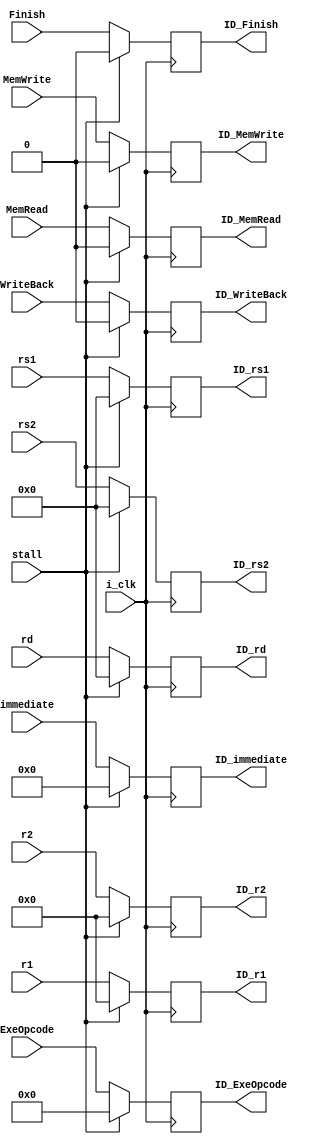
module ID_buffer #(
    parameter DATA_W = 64
) (
    input i_clk,
    input stall, 
    input Finish, 
    input MemRead,
    input MemWrite,
    input [9:0] ExeOpcode,
    input WriteBack, 
    input [DATA_W-1:0] r1,
    input [DATA_W-1:0] r2,
    input [11:0] immediate,
    input [4:0] rs1,
    input [4:0] rs2,
    input [4:0] rd,
    output ID_Finish,
    output ID_MemRead,
    output ID_MemWrite,
    output [9:0] ID_ExeOpcode,
    output ID_WriteBack, 
    output [DATA_W-1:0] ID_r1,
    output [DATA_W-1:0] ID_r2,
    output [11:0] ID_immediate,
    output [4:0] ID_rs1,
    output [4:0] ID_rs2,
    output [4:0] ID_rd
);

reg                 Finish_w, Finish_r;
reg                 MemRead_w, MemRead_r;
reg                 MemWrite_w, MemWrite_r;
reg [9:0]           ExeOpcode_w, ExeOpcode_r;
reg                 WriteBack_w, WriteBack_r;
reg [DATA_W-1:0]    r1_w, r1_r, r2_w, r2_r;
reg [11:0]          immediate_w, immediate_r;
reg [4:0]           rs1_w, rs1_r, rs2_w, rs2_r, rd_w, rd_r;

assign ID_Finish = Finish_r;
assign ID_MemRead = MemRead_r;
assign ID_MemWrite = MemWrite_r;
assign ID_ExeOpcode = ExeOpcode_r;
assign ID_WriteBack = WriteBack_r;
assign ID_r1 = r1_r;
assign ID_r2 = r2_r;
assign ID_immediate = immediate_r;
assign ID_rs1 = rs1_r;
assign ID_rs2 = rs2_r;
assign ID_rd = rd_r;

always @(*) begin
    Finish_w    = stall ? 0 : Finish;
    MemRead_w   = stall ? 0 : MemRead;
    MemWrite_w  = stall ? 0 : MemWrite;
    ExeOpcode_w = stall ? 0 : ExeOpcode;
    WriteBack_w = stall ? 0 : WriteBack;
    r1_w        = stall ? 0 : r1;
    r2_w        = stall ? 0 : r2;
    immediate_w = stall ? 0 : immediate;
    rs1_w       = stall ? 0 : rs1;
    rs2_w       = stall ? 0 : rs2;
    rd_w        = stall ? 0 : rd;
end

always @(posedge i_clk) begin
    Finish_r = Finish_w;
    MemRead_r = MemRead_w;
    MemWrite_r = MemWrite_w;
    ExeOpcode_r = ExeOpcode_w;
    WriteBack_r = WriteBack_w;
    r1_r = r1_w;
    r2_r = r2_w;
    immediate_r = immediate_w;
    rs1_r = rs1_w;
    rs2_r = rs2_w;
    rd_r = rd_w;
end

endmodule